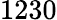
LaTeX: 1230